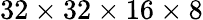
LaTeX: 32\times 32\times 16\times 8